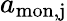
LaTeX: a_{\mathrm{mon,j}}